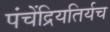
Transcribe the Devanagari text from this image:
पंचेंद्रियतिर्यच